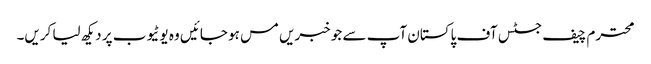
محترم چیف جسٹس آف پاکستان آپ سے جو خبریں مس ہو جائیں وہ یوٹیوب پر دیکھ لیا کریں۔